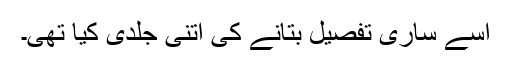
اسے ساری تفصیل بتانے کی اتنی جلدی کیا تھی۔